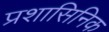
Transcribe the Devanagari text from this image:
प्रशासिनिक